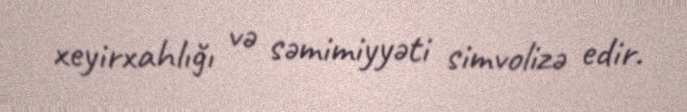
xeyirxahlığı və səmimiyyəti simvolizə edir.